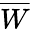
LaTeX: \overline{W}